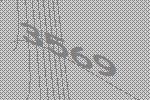
3569